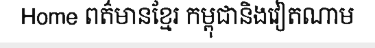
Home ពត៌មានខ្មែរ កម្ពុជានិងវៀតណាម